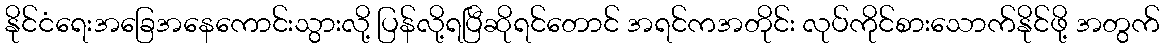
နိုင်ငံရေးအခြေအနေကောင်းသွားလို့ ပြန်လို့ရပြီဆိုရင်တောင် အရင်ကအတိုင်း လုပ်ကိုင်စားသောက်နိုင်ဖို့ အတွက်